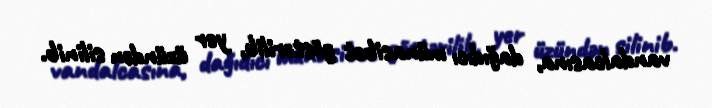
vandalcasına, dağıdıcı münasibət göstərilib, yer üzündən silinib.